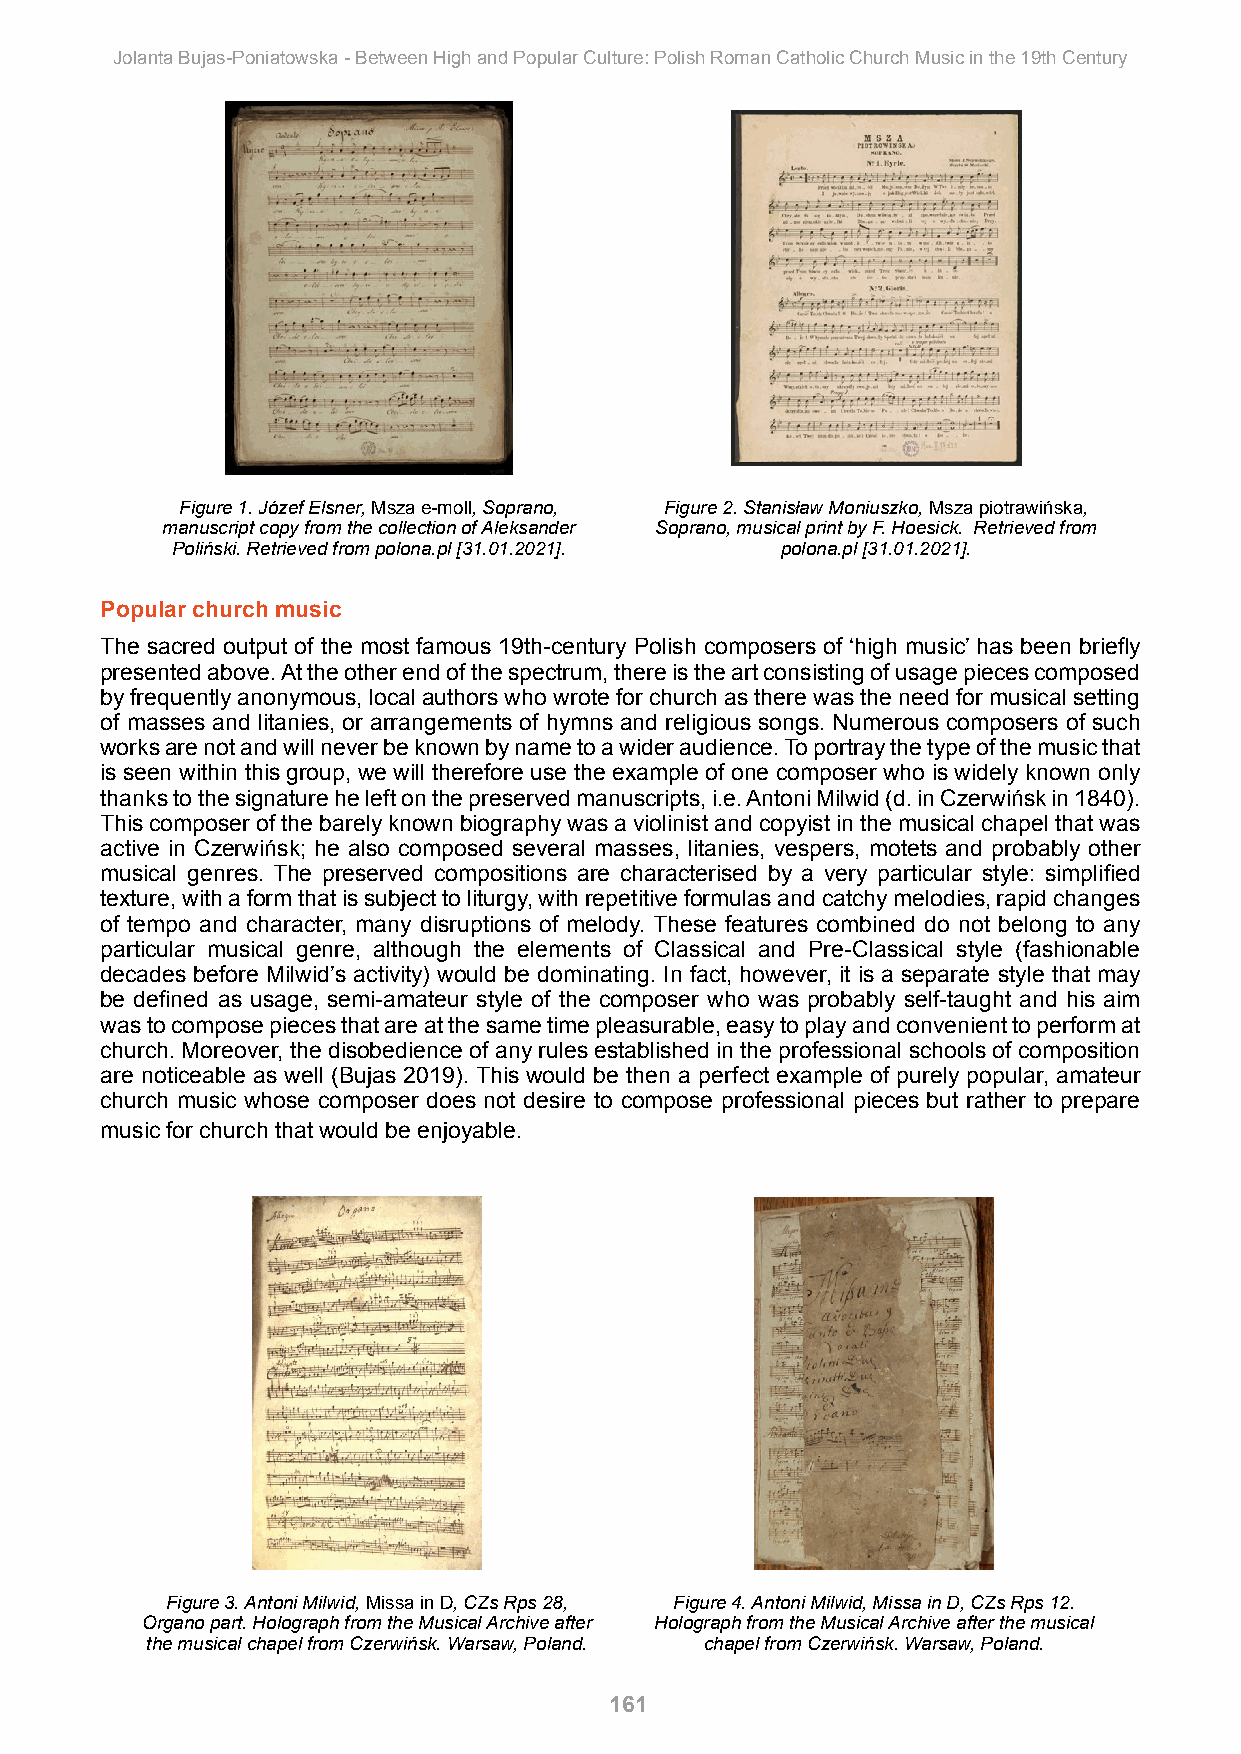
Jolanta Bujas-Poniatowska - Between High and Popular Culture: Polish Roman Catholic Church Music in the 19th Century
 Figure 1. Józef Elsner, Msza e-moll, Soprano, Figure 2. Stanisław Moniuszko, Msza piotrawińska,
 manuscript copy from the collection of Aleksander Soprano, musical print by F. Hoesick. Retrieved from
 Poliński. Retrieved from polona.pl [31.01.2021]. polona.pl [31.01.2021].
 Popular church music
 The sacred output of the most famous 19th-century Polish composers of ‘high music’ has been briefly
 presented above. At the other end of the spectrum, there is the art consisting of usage pieces composed
 by frequently anonymous, local authors who wrote for church as there was the need for musical setting
 of masses and litanies, or arrangements of hymns and religious songs. Numerous composers of such
 works are not and will never be known by name to a wider audience. To portray the type of the music that
 is seen within this group, we will therefore use the example of one composer who is widely known only
 thanks to the signature he left on the preserved manuscripts, i.e. Antoni Milwid (d. in Czerwińsk in 1840).
 This composer of the barely known biography was a violinist and copyist in the musical chapel that was
 active in Czerwińsk; he also composed several masses, litanies, vespers, motets and probably other
 musical genres. The preserved compositions are characterised by a very particular style: simplified
 texture, with a form that is subject to liturgy, with repetitive formulas and catchy melodies, rapid changes
 of tempo and character, many disruptions of melody. These features combined do not belong to any
 particular musical genre, although the elements of Classical and Pre-Classical style (fashionable
 decades before Milwid’s activity) would be dominating. In fact, however, it is a separate style that may
 be defined as usage, semi-amateur style of the composer who was probably self-taught and his aim
 was to compose pieces that are at the same time pleasurable, easy to play and convenient to perform at
 church. Moreover, the disobedience of any rules established in the professional schools of composition
 are noticeable as well (Bujas 2019). This would be then a perfect example of purely popular, amateur
 church music whose composer does not desire to compose professional pieces but rather to prepare
 music for church that would be enjoyable.
 Figure 3. Antoni Milwid, Missa in D, CZs Rps 28, Figure 4. Antoni Milwid, Missa in D, CZs Rps 12.
 Organo part. Holograph from the Musical Archive after Holograph from the Musical Archive after the musical
 the musical chapel from Czerwińsk. Warsaw, Poland. chapel from Czerwińsk. Warsaw, Poland.
 161